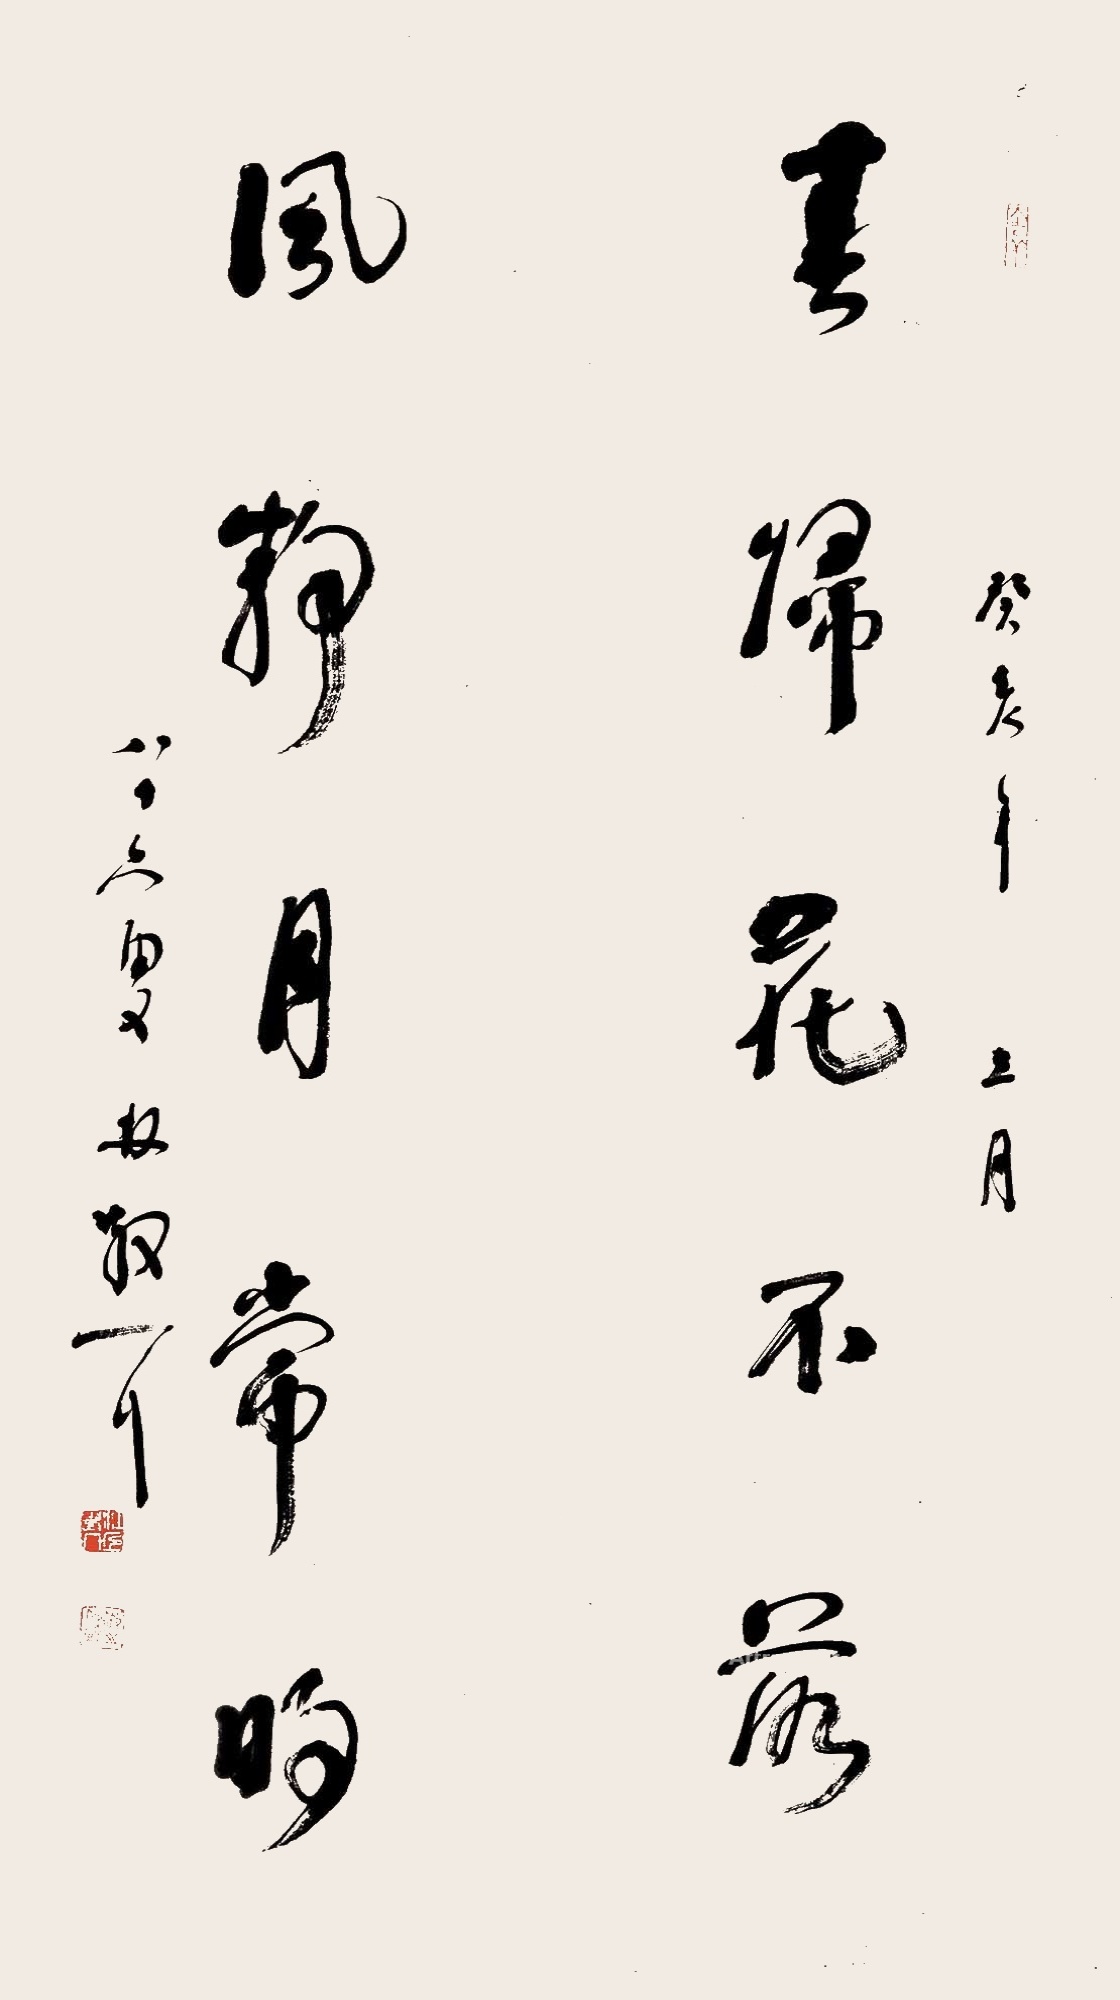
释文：春归花不落，风静月常明。癸亥年三月，八十六叟林散耳。